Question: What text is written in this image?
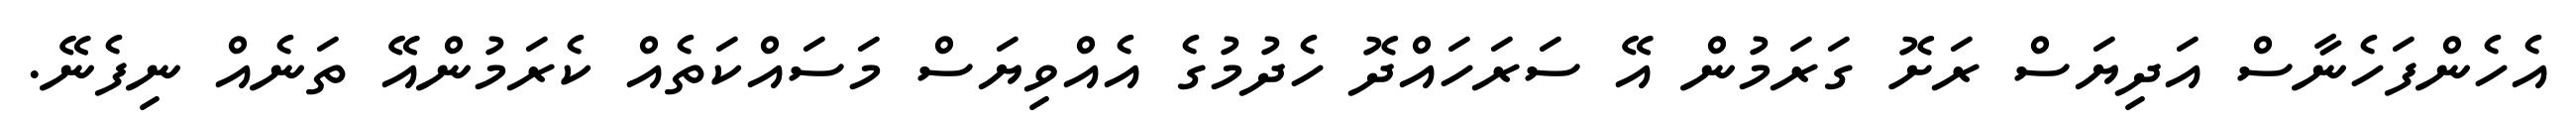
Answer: އެހެންފަހެނާސް އަދިޔަސް ރަށޮ ގަރަމުން އޭ ސަރަހައްދޮ ހެދުމުގެ އެއްވިޔަސް މަސައްކަތެއް ކެރަމުންއޭ ތަނެއް ނިފެނޭ.